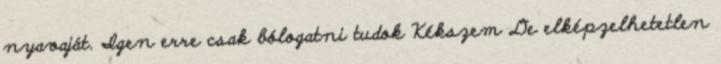
nyavaját. Igen erre csak bólogatni tudok Kékszem De elképzelhetetlen